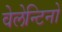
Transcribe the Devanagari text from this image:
वेलेन्टिनो